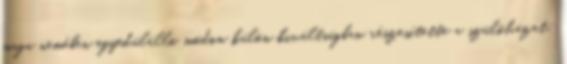
maga nemében egyedülálló módon külön kiváltságban részesítette a szülőházat: